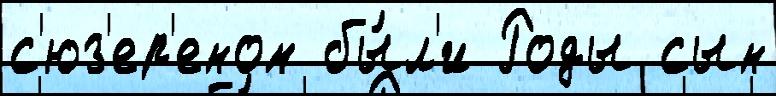
с'юз'ер'еном бы́л'и Роды сын